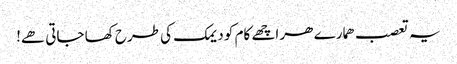
یہ تعصب ھمارے ھر اچھے کام کو دیمک کی طرح کھا جاتی ھے!